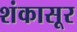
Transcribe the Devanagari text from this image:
शंकासूर